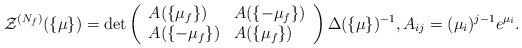
LaTeX: \begin{align*}{\cal Z}^{(N_{f})}(\{\mu\}) =\det\left(\begin{array}{ll}A(\{\mu_f\}) & A(\{-\mu_f\})\\A(\{-\mu_f\}) & A(\{\mu_f\})\end{array}\right)\Delta(\{\mu\})^{-1} , A_{ij}= (\mu_i)^{j-1} e^{\mu_i}.\end{align*}